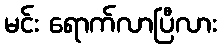
မင်း ရောက်လာပြီလား